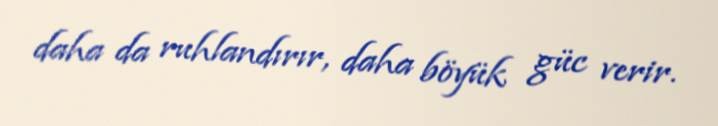
daha da ruhlandırır, daha böyük güc verir.